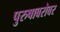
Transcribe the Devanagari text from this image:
पुरुषाबरोबर